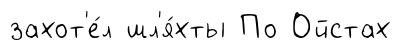
захот'е́л шл'я́хты По Ойстах